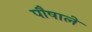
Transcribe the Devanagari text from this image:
पौषाले